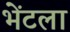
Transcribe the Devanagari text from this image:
भेंटला